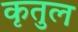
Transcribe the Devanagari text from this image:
कृतुल